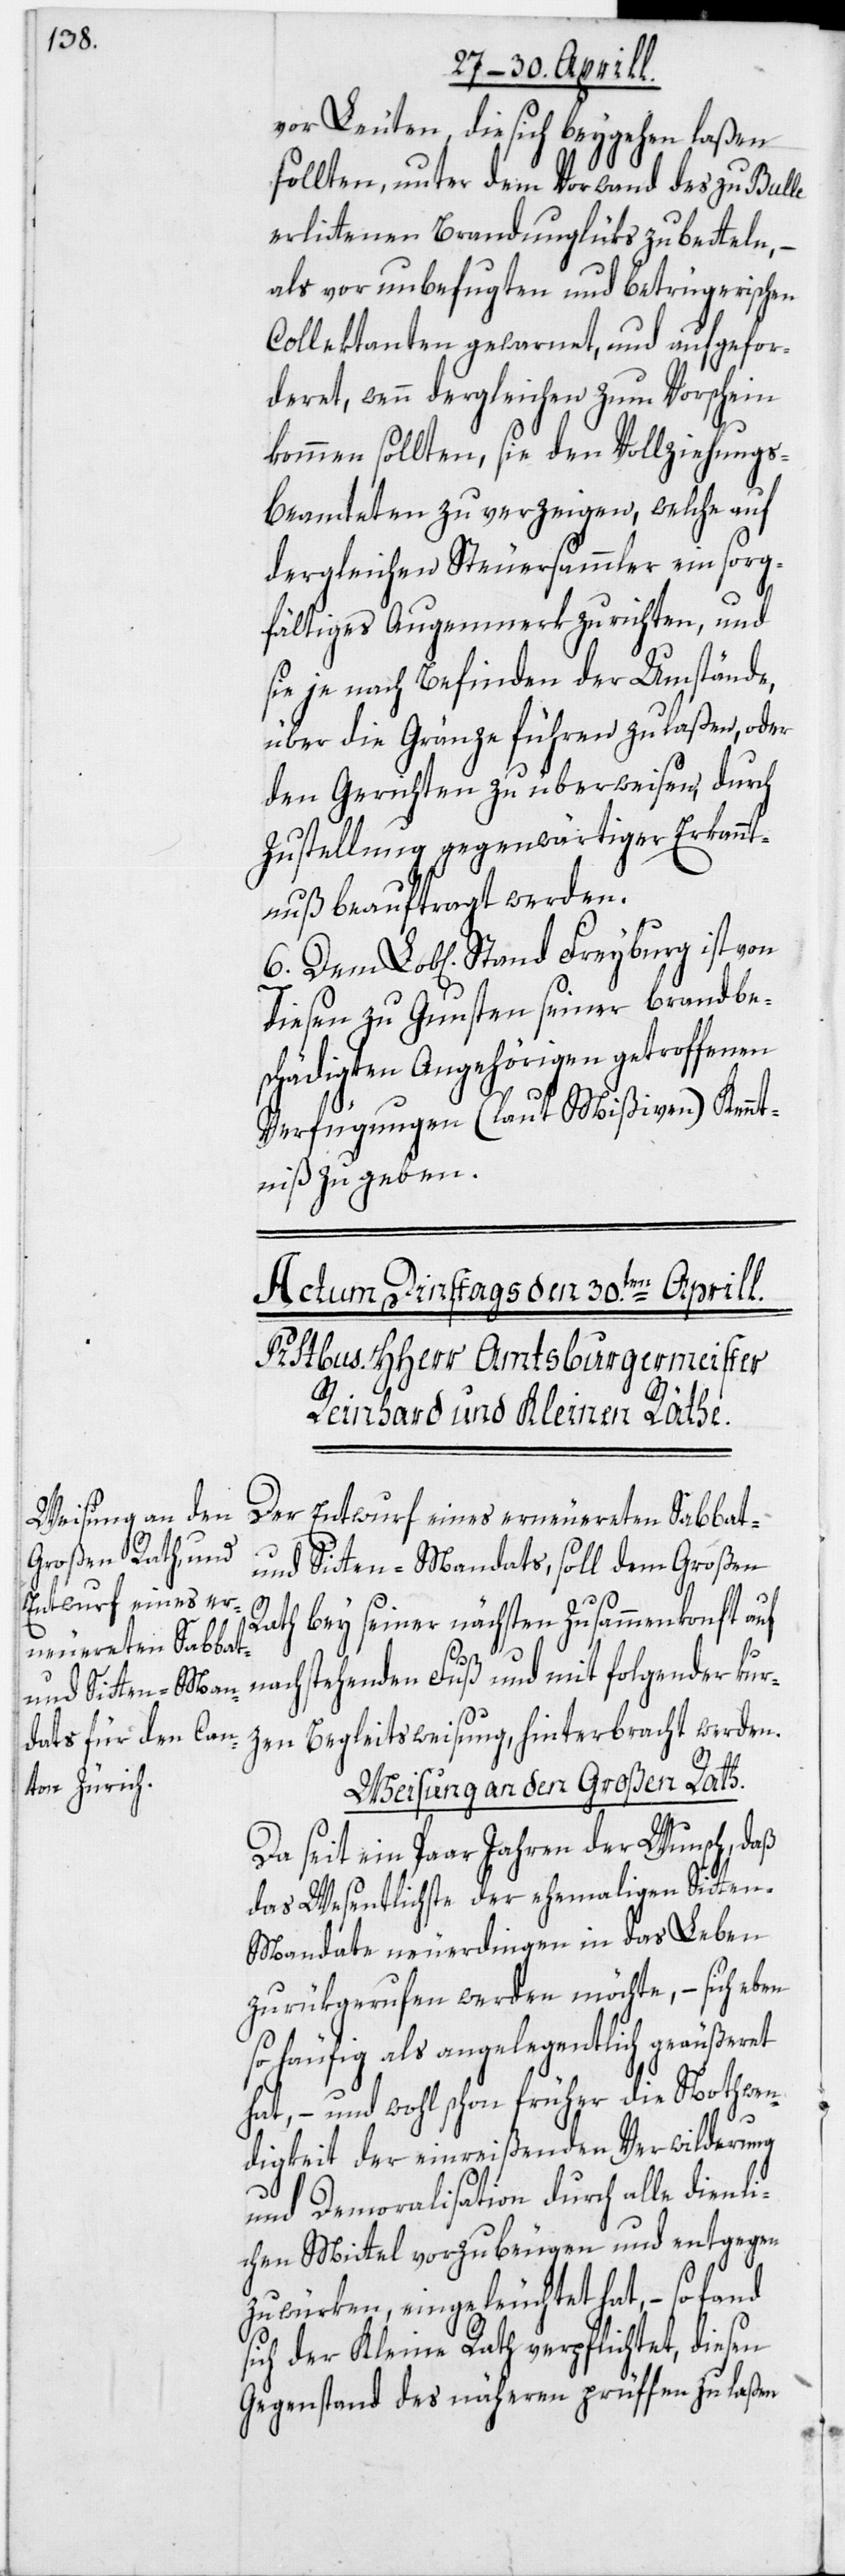
vor Leuten, die sich beygehen laßen
sollten, unter dem Vorwand des zu Bulle
erlittenen Brandunglüks zu betteln, –
als vor unbefugten und betrügerischen
Collektanten gewarnet, und aufgefor¬
deret, wenn dergleichen zum Vorschein
kommen sollten, sie den Vollziehung¬
s-Beamteten zu verzeigen, welche auf
dergleichen Steuersammler ein sorg¬
fältiges Augenmerk zu richten, und
sie je nach Befinden der Umstände,
über die Gränze führen zu laßen, oder
den Gerichten zu überweisen, durch
Zustellung gegenwärtiger Erkannt¬
nuß beauftragt werden.
Dem Lob[lichen] Stand Freyburg ist von
diesen zu Gunsten seiner brandbe¬
schädigten Angehörigen getroffenen
Verfügungen (laut Mißiven) Kennt¬
niß zu geben.
Der Entwurf eines erneuerten Sabbat-
und Sitten-Mandats, soll dem Großen
Rath bey seiner nächsten Zusammenkonft auf
Begleitsweisung, hinterbracht werden.
Weisung an den Großen Rath.
Da seit ein Paar Jahren der Wunsch, daß
das Wesentlichste der ehemaligen Sitten-M¬
andate neuerdingen in das Leben
zurükgerufen werden möchte, – sich eben
so häufig als angelegentlich geäußeret
hat, – und wohl schon früher die Nothwen¬
digkeit der einreißenden Verwilderung
und Demoralisation durch alle dienli¬
chen Mittel vorzubeugen und entgegen
zu würken, eingeleuchtet hat, – so fand
sich der Kleine Rath verpflichtet, diesen
Gegenstand des näheren prüffen zu laßen